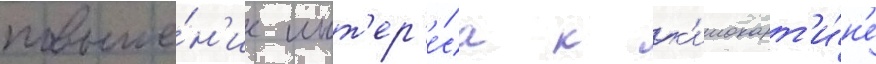
повыше́н'ие инт'ер'е́са к к'инокарт'и́н'е